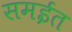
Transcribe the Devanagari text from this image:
समईत